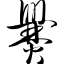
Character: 爨